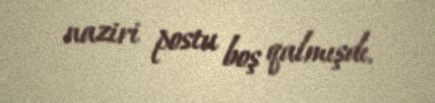
naziri postu boş qalmışdı.